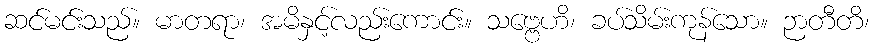
ဆင်မင်းသည်။ မာတရာ၊ အမိနှင့်လည်းကောင်း။ သဗ္ဗေဟိ၊ ခပ်သိမ်းကုန်သော။ ဉာတီတိ၊